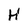
Character: H